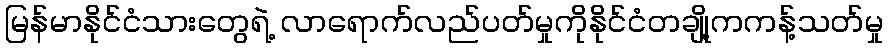
မြန်မာနိုင်ငံသားတွေရဲ့ လာရောက်လည်ပတ်မှုကိုနိုင်ငံတချို့ကကန့်သတ်မှု